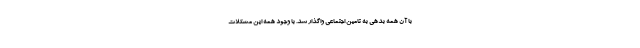
با آن همه بدهی به تامین اجتماعی واگذار شد. با وجود همه این مشکلات